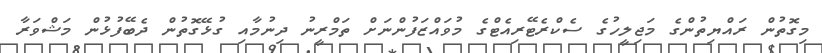
މިގޮތުން ރައްޔިތުންގެ މަޖިލީހުގެ ސެކްރެޓޭރިއެޓްގެ މުވައްޒަފުންނަށް ތަމްރީނު ދިނުމާއި ގުޅޭގޮތުން ދެބޭފުޅުން މަޝްވަރާ